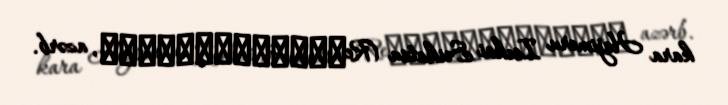
kara Hajimeru Isekai Seikatsu (Re：ゼロから始める異世界生活, azərb.